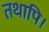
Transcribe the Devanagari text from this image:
तथापि।